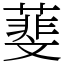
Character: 𦻔